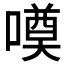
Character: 𱔥